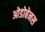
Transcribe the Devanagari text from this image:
ओडोबेनस